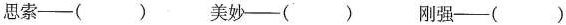
思索--()美妙--() 刚强--()